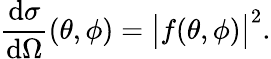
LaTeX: {\frac{\mathrm{d}\sigma}{\mathrm{d}\Omega}}(\theta,\phi)={\bigl|}f(\theta,\phi){\bigr|}^{2}.